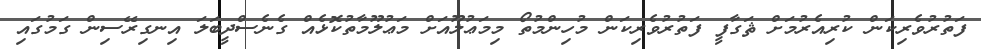
ފަތުރުވެރިކަން ކުރިއެރުމަށް ޘަގާފީ ފަތުރުވެރިކަން މުހިންމުތޯ މިމަޢުލޫއަށް މަޢުލޫމާތުކޮޅެއް ގެނެސްދީބަލަ އިނގިރޭސިން ގަމުގައި